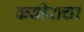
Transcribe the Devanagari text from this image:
कबीराचा